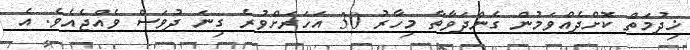
ޚިދުމަތް ކޮށްދެއްވަމުން ގެންދަވާތާ މިހާރު 30 އަހަރަށްވުރެ ގިނަ ދުވަސް ވެއްޖެއެވެ. އެ